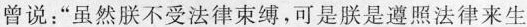
曾说：”虽然朕不受法律束缚，可是朕是遵照法律来生